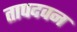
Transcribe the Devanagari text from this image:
तापदवन